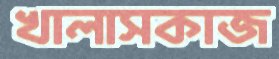
খালাসকাজ